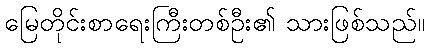
မြေတိုင်းစာရေးကြီးတစ်ဦး၏ သားဖြစ်သည်။